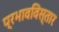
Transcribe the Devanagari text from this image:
प्रभावविस्तार